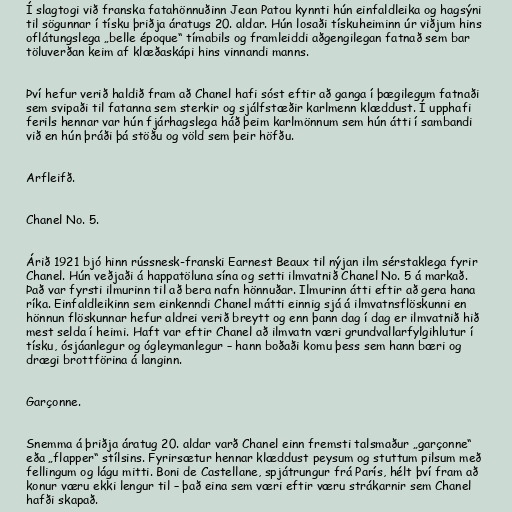
Í slagtogi við franska fatahönnuðinn Jean Patou kynnti hún einfaldleika og hagsýni
til sögunnar í tísku þriðja áratugs 20. aldar. Hún losaði tískuheiminn úr viðjum hins
oflátungslega „belle époque“ tímabils og framleiddi aðgengilegan fatnað sem bar
töluverðan keim af klæðaskápi hins vinnandi manns.

Því hefur verið haldið fram að Chanel hafi sóst eftir að ganga í þægilegum fatnaði
sem svipaði til fatanna sem sterkir og sjálfstæðir karlmenn klæddust. Í upphafi
ferils hennar var hún fjárhagslega háð þeim karlmönnum sem hún átti í sambandi
við en hún þráði þá stöðu og völd sem þeir höfðu.

Arfleifð.

Chanel No. 5.

Árið 1921 bjó hinn rússnesk-franski Earnest Beaux til nýjan ilm sérstaklega fyrir
Chanel. Hún veðjaði á happatöluna sína og setti ilmvatnið Chanel No. 5 á markað.
Það var fyrsti ilmurinn til að bera nafn hönnuðar. Ilmurinn átti eftir að gera hana
ríka. Einfaldleikinn sem einkenndi Chanel mátti einnig sjá á ilmvatnsflöskunni en
hönnun flöskunnar hefur aldrei verið breytt og enn þann dag í dag er ilmvatnið hið
mest selda í heimi. Haft var eftir Chanel að ilmvatn væri grundvallarfylgihlutur í
tísku, ósjáanlegur og ógleymanlegur – hann boðaði komu þess sem hann bæri og
drægi brottförina á langinn.

Garçonne.

Snemma á þriðja áratug 20. aldar varð Chanel einn fremsti talsmaður „garçonne“
eða „flapper“ stílsins. Fyrirsætur hennar klæddust peysum og stuttum pilsum með
fellingum og lágu mitti. Boni de Castellane, spjátrungur frá París, hélt því fram að
konur væru ekki lengur til – það eina sem væri eftir væru strákarnir sem Chanel
hafði skapað.